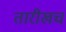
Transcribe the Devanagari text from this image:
तारीखच